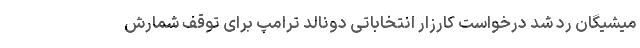
میشیگان رد شد درخواست کارزار انتخاباتی دونالد ترامپ برای توقف شمارش